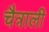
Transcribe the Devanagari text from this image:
चैत्राली